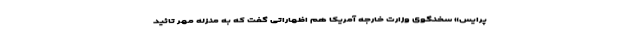
پرایس» سخنگوی وزارت خارجه آمریکا هم اظهاراتی گفت که به منزله مهر تائید